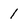
Character: 1